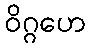
ဝိဂ္ဂဟေ